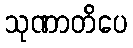
သုဏာတိပေ